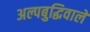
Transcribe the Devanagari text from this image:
अल्पबुद्धिवाले